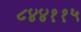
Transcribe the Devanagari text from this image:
८४४११५